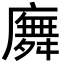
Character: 𢋑